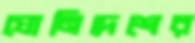
যোনিদেশের